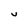
Character: V